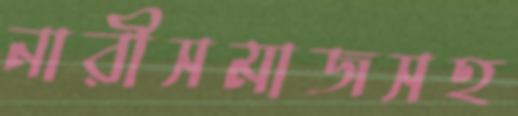
নারীসমাজসহ